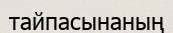
тайпасынаның